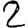
Digit: 2